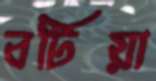
বটিয়া